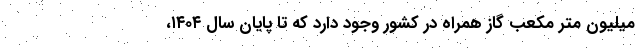
میلیون متر مکعب گاز همراه در کشور وجود دارد که تا پایان سال ۱۴۰۴،